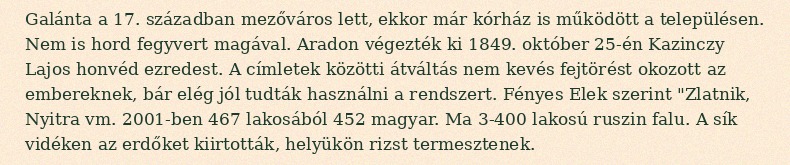
Galánta a 17. században mezőváros lett, ekkor már kórház is működött a településen. Nem is hord fegyvert magával. Aradon végezték ki 1849. október 25-én Kazinczy Lajos honvéd ezredest. A címletek közötti átváltás nem kevés fejtörést okozott az embereknek, bár elég jól tudták használni a rendszert. Fényes Elek szerint "Zlatnik, Nyitra vm. 2001-ben 467 lakosából 452 magyar. Ma 3-400 lakosú ruszin falu. A sík vidéken az erdőket kiirtották, helyükön rizst termesztenek.